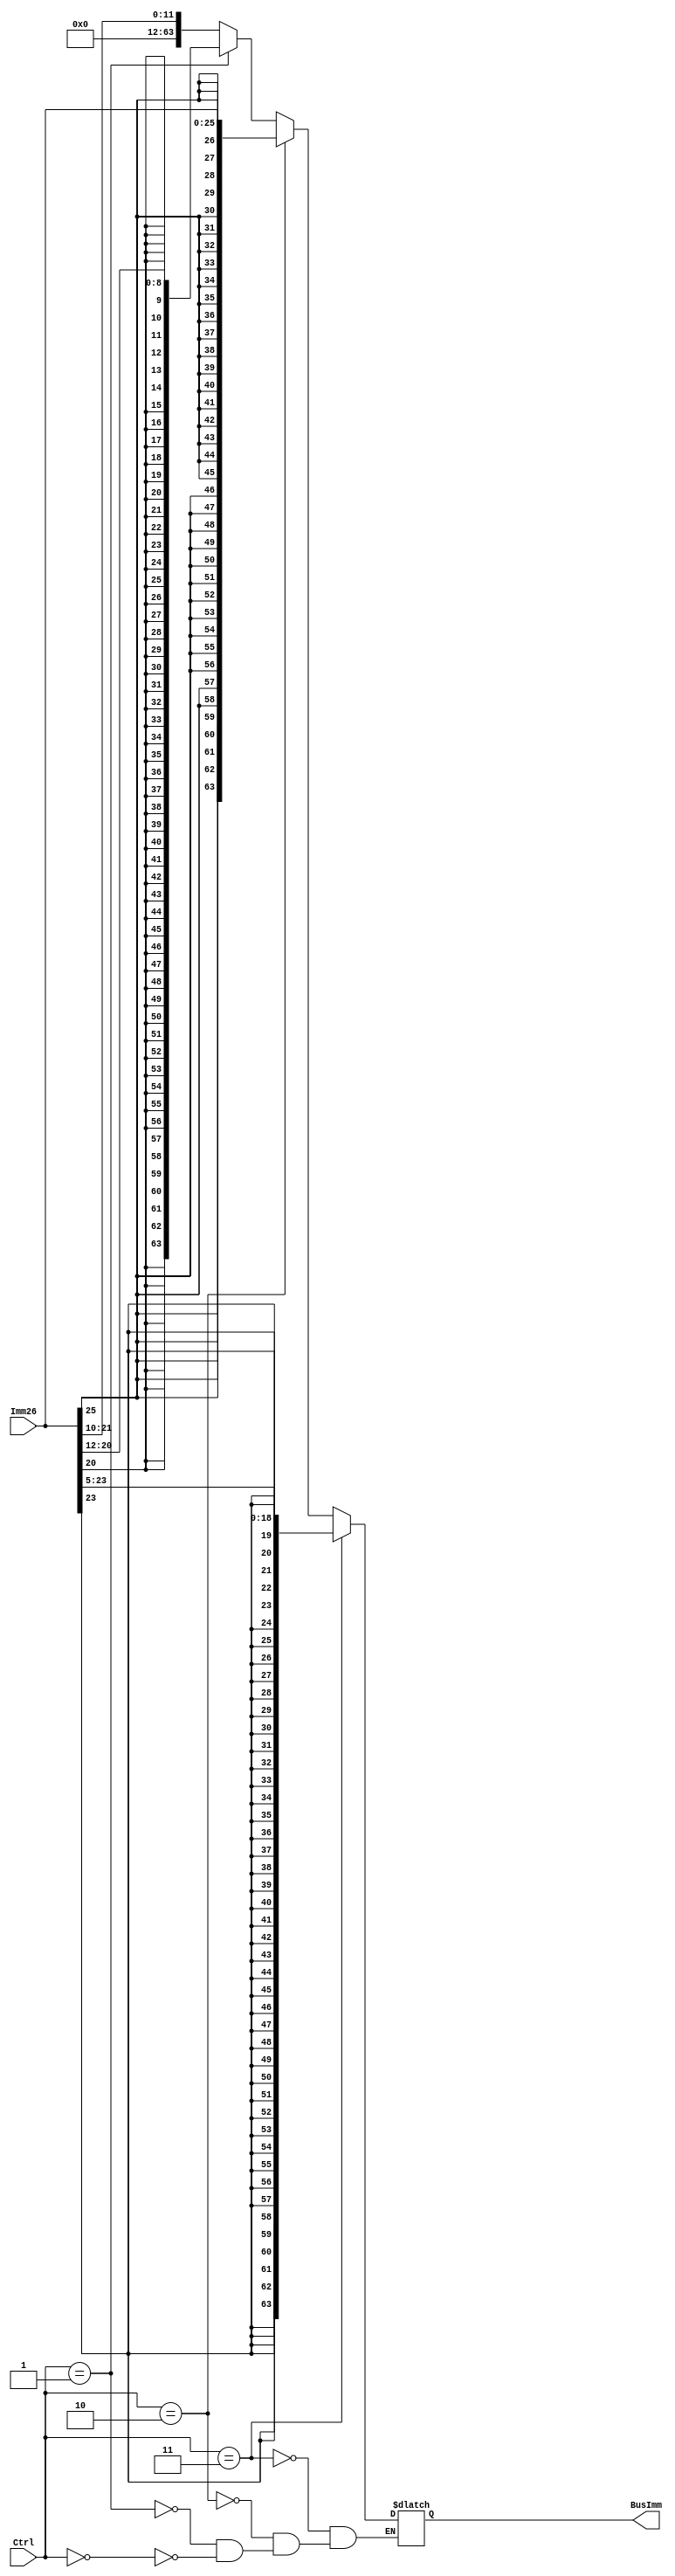
module SignExtender(BusImm, Imm26, Ctrl);
   output reg [63:0] BusImm;
   input [25:0]      Imm26;
   input [1:0]	     Ctrl;
   
   
   wire 	     extBit;
   
   always@(*) // if any values change, start this block
     begin
	
        if(Ctrl[1:0] == 2'b00) begin  // I-type: ADD, SUB, when control signal is = 00
	   BusImm = {52'b0,Imm26[21:10]}; 
        end
	
        if(Ctrl[1:0] == 2'b01)begin // D-Type: Load/Store, when control signal = 01
           BusImm = {{55{Imm26[20]}}, Imm26[20:12]}; 
	end
	
	if(Ctrl[1:0] == 2'b10)begin // Branch, when control signal = 10
           BusImm = {{38{Imm26[25]}}, Imm26[25:0]}; 
	end
	
	if(Ctrl[1:0] == 2'b11)begin // Conditional Branch, when control signal = 11
	   BusImm = {{45{Imm26[23]}}, Imm26[23:5]};
	end
	
     end
endmodule